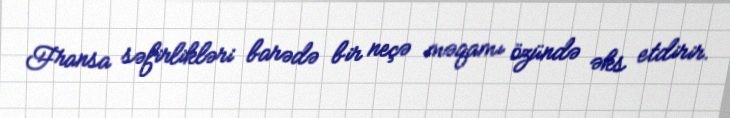
Fransa səfirlikləri barədə bir neçə məqamı özündə əks etdirir.